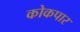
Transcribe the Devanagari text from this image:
कोकपार